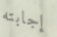
إجابته